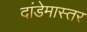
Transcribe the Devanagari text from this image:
दांडेमास्तर